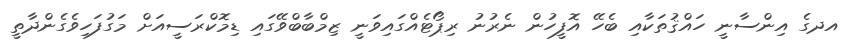
އދގެ އިންސާނީ ހައްޤުތަކާއި ބެހޭ އޮފީހުން ނެރުނު ރިޕޯޓެއްގައިވަނީ ޒިމްބާބްވޭގައި ޑިމޮކްރަސީއަށް މަގުފަހިވެގެންދާތީ